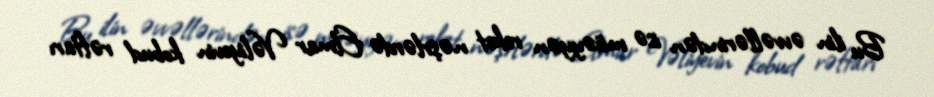
Bu ilin əvvəllərindən isə müəyyən reket nəşrlərdə Elmar Vəliyevin kobud rəftarı